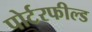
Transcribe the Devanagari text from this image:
पोर्टरफील्ड